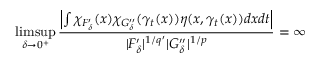
\operatorname* { l i m s u p } _ { \delta \rightarrow 0 ^ { + } } \frac { \left| \int \chi _ { F _ { \delta } ^ { \prime } } ( x ) \chi _ { G _ { \delta } ^ { \prime \prime } } ( \gamma _ { t } ( x ) ) \eta ( x , \gamma _ { t } ( x ) ) d x d t \right| } { | F _ { \delta } ^ { \prime } | ^ { 1 / q ^ { \prime } } | G _ { \delta } ^ { \prime \prime } | ^ { 1 / p } } = \infty